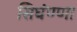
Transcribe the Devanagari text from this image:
सिघंण्णा